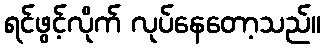
ရင်ဖွင့်လိုက် လုပ်နေတော့သည်။